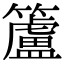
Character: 籚